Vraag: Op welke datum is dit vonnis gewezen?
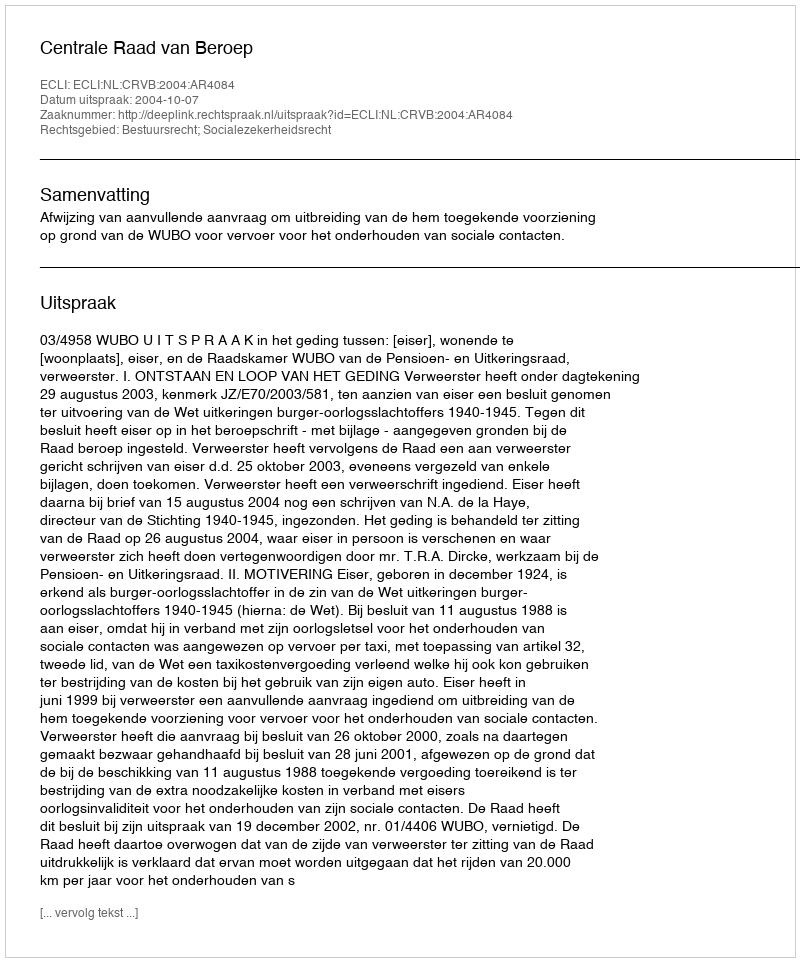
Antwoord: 2004-10-07